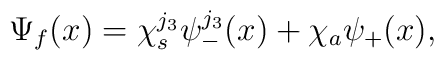
\Psi_f({x})=\chi^{j_3}_s\psi^{j_3}_-({x})+\chi_a\psi_+({x}),